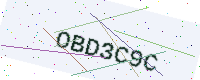
Text: OBD3C9C